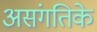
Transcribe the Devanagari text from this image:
असंगतिके